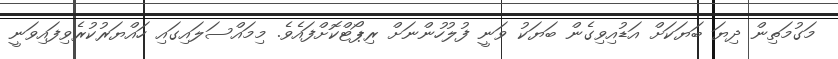
މަގުމަތިން ދިޔަ ބަޔަކަށް އަޑުއިވިގެން ބަޔަކު ވަނީ ފުލުހުންނަށް ރިޕޯޓްކޮށްފައެވެ. މިމައްސަލައިގައި ހައްޔަރުކުރެވިފައިވަނީ